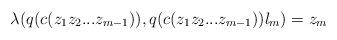
LaTeX: \begin{align*}\lambda(q(c(z_1z_2...z_{m-1})), q(c(z_1z_2...z_{m-1}))l_m) = z_m\end{align*}